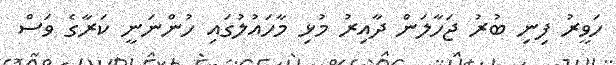
ހަވީރު ފިނި ބުރު ޖަހާލަން ދާއިރު މުޅި މާހައުލުގައި ހުންނަނީ ކަރާގެ ވަސް